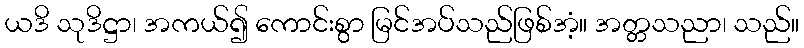
ယဒိ သုဒိဋ္ဌာ၊ အကယ်၍ ကောင်းစွာ မြင်အပ်သည်ဖြစ်အံ့။ အတ္တသညာ၊ သည်။